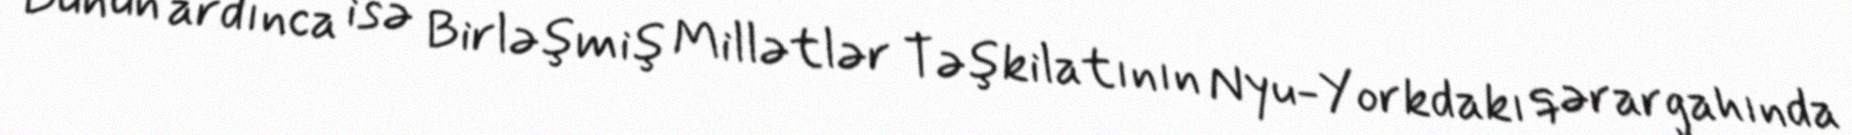
Bunun ardınca isə Birləşmiş Millətlər Təşkilatının Nyu-Yorkdakı qərargahında